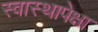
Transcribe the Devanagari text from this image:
स्वास्थापेक्षा